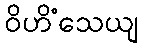
ဝိဟိံသေယျ